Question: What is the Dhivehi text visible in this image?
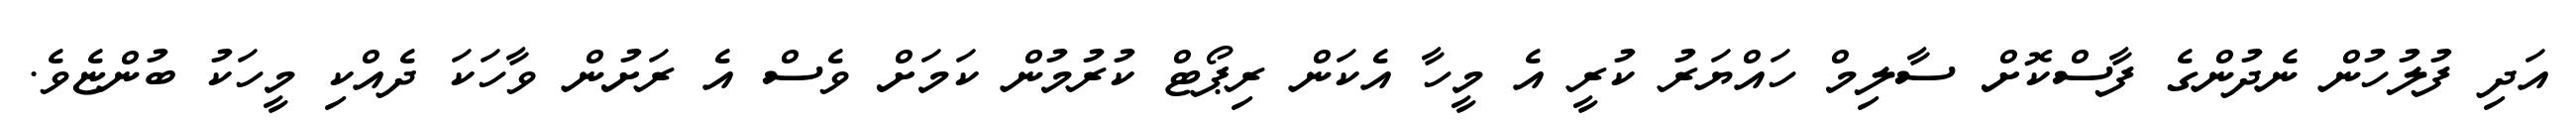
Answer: އަދި ފުލުހުން ނެދުންގެ ފާސްކޮށް ސާލިމް ހައްޔަރު ކުރީ އެ މީހާ އެކަން ރިޕޯޓް ކުރުމުން ކަމަށް ވެސް އެ ރަށުން ވާހަކަ ދެއްކި މީހަކު ބުންޏެވެ.